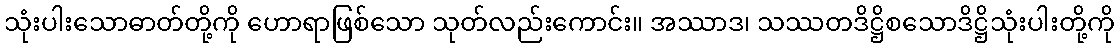
သုံးပါးသောဓာတ်တို့ကို ဟောရာဖြစ်သော သုတ်လည်းကောင်း။ အဿာဒ၊ သဿတဒိဋ္ဌိစသောဒိဋ္ဌိသုံးပါးတို့ကို